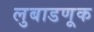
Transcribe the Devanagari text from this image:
लुबाडणूक